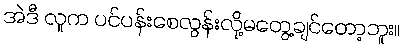
အဲဒီ လူက ပင်ပန်းစေလွန်းလို့မတွေ့ချင်တော့ဘူး။